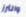
والترز